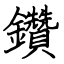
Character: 鑽